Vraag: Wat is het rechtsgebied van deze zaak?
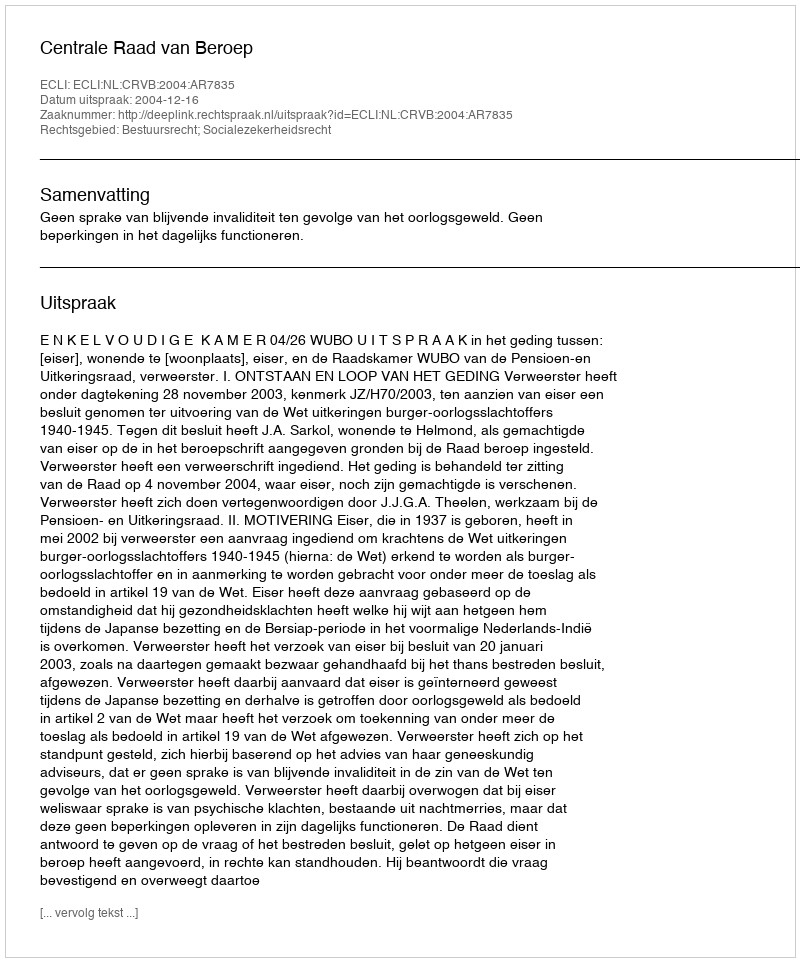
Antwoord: Bestuursrecht; Socialezekerheidsrecht